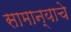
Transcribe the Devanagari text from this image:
सामान्याचे